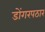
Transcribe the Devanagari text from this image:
डोंगरपठार